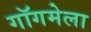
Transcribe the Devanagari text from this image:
गॉगमेला